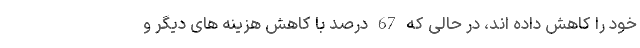
خود را کاهش داده اند، در حالی که 67 درصد با کاهش هزینه های دیگر و